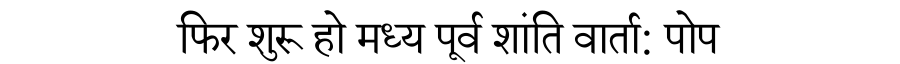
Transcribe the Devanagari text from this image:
फिर शुरू हो मध्य पूर्व शांति वार्ता: पोप